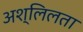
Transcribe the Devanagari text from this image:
अश्लिलता